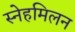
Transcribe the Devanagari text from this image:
स्नेहमिलन